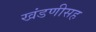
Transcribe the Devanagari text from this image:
खंडणीसह